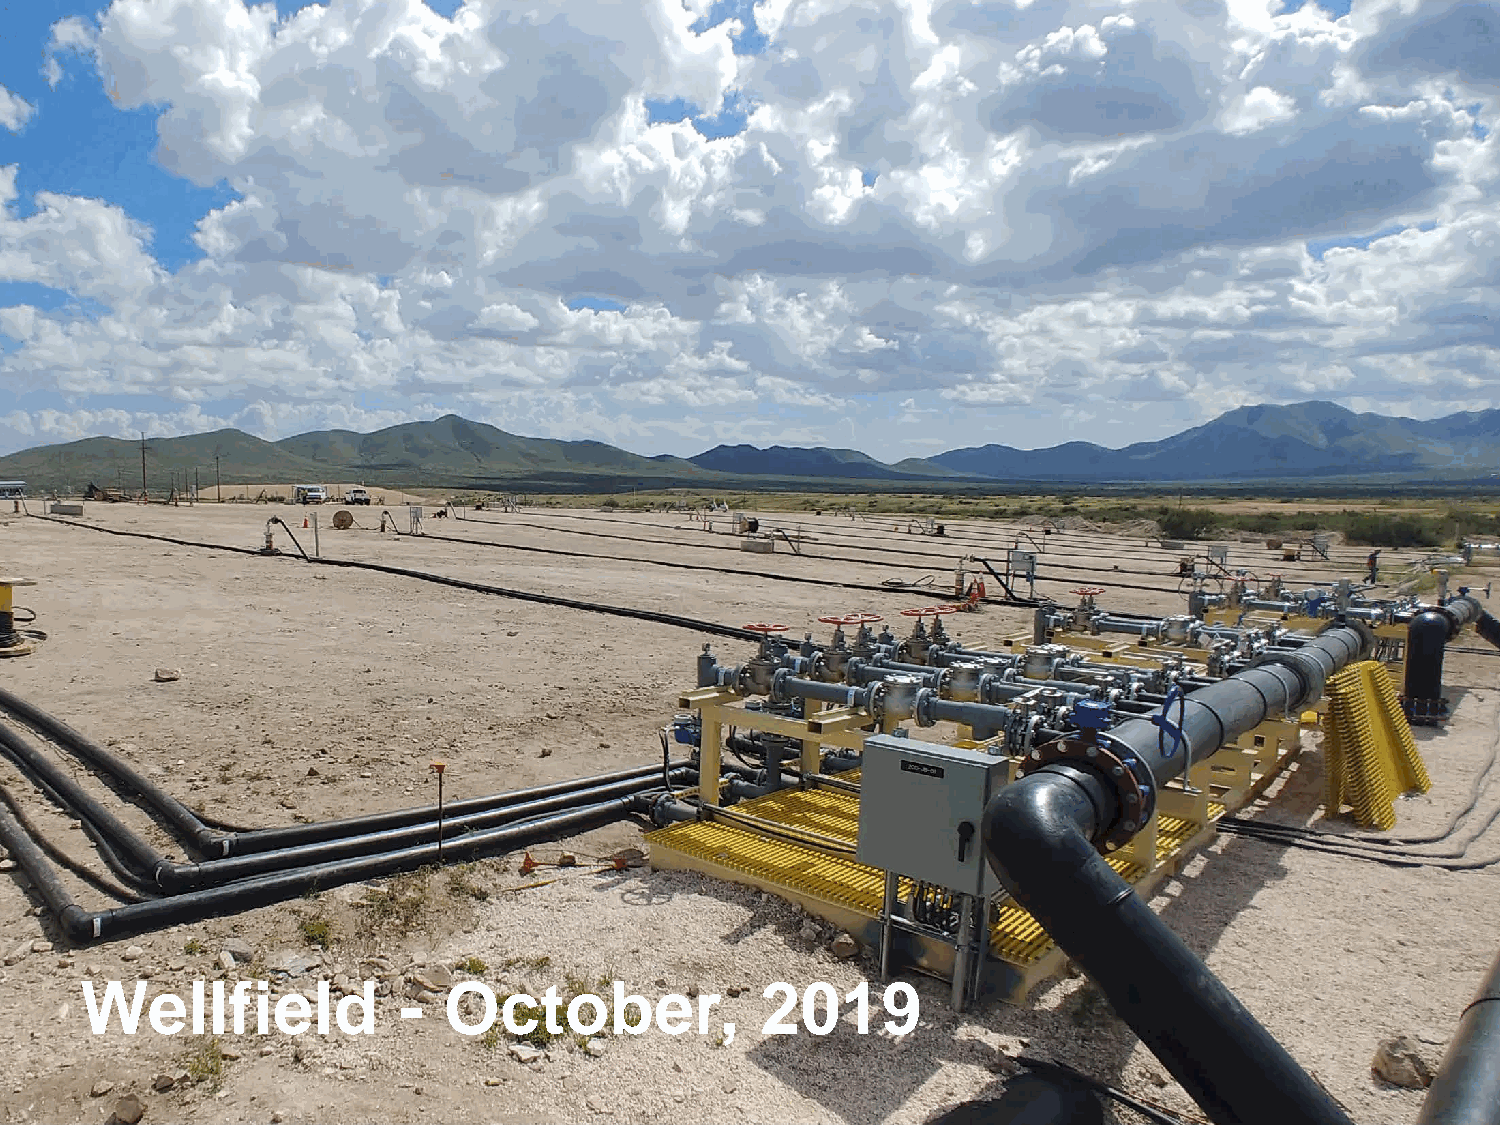
Wellfield            -  October,             2019
 13